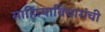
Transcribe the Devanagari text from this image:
साहित्याविचारांची